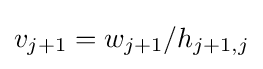
v_{j+1}=w_{j+1}/h_{j+1,j}